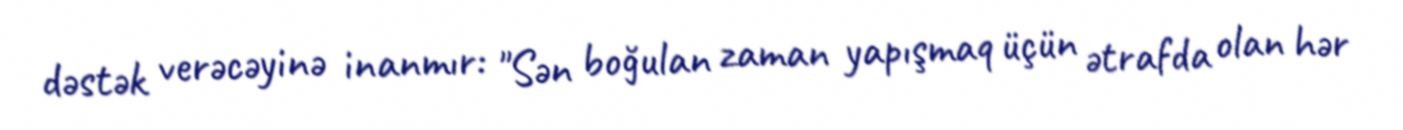
dəstək verəcəyinə inanmır: "Sən boğulan zaman yapışmaq üçün ətrafda olan hər